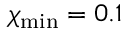
\chi _ { \mathrm { m i n } } = 0 . 1